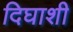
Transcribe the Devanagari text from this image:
दिघाशी